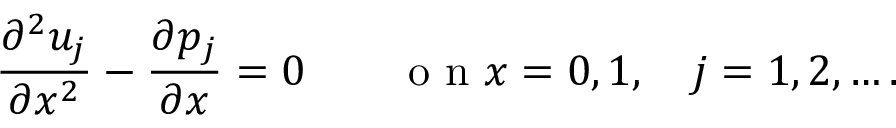
\frac { \partial ^ { 2 } u _ { j } } { \partial x ^ { 2 } } - \frac { \partial p _ { j } } { \partial x } = 0 \qquad \mathrm { ~ o ~ n ~ } x = 0 , 1 , \quad j = 1 , 2 , \dots .